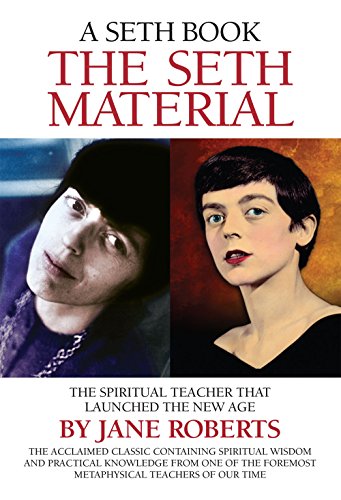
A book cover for The Seth Material: The Spiritual Teacher that Launched the New Age; Jane Roberts; Religion & Spirituality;